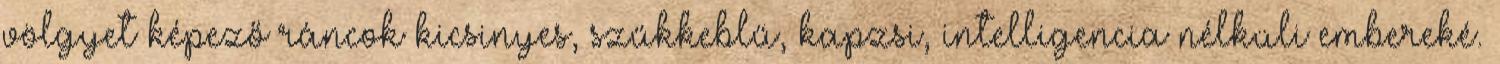
völgyet képező ráncok kicsinyes, szűkkeblű, kapzsi, intelligencia nélküli embereké.